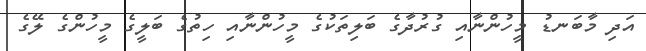
އަދި މާބަނޑު މީހުންނާއި ގުރުދާގެ ބަލިތަކުގެ މީހުންނާއި ހިތުގެ ބަލީގެ މީހުންގެ ލޭގެ